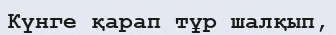
Күнге қарап тұр шалқып,